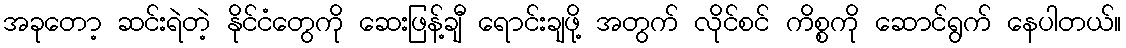
အခုတော့ ဆင်းရဲတဲ့ နိုင်ငံတွေကို ဆေးဖြန့်ချီ ရောင်းချဖို့ အတွက် လိုင်စင် ကိစ္စကို ဆောင်ရွက် နေပါတယ်။